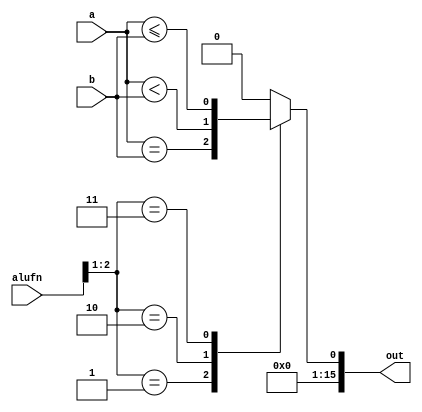
/*
   This file was generated automatically by Alchitry Labs version 1.2.1.
   Do not edit this file directly. Instead edit the original Lucid source.
   This is a temporary file and any changes made to it will be destroyed.
*/

module compare_7 (
    input [5:0] alufn,
    input [15:0] a,
    input [15:0] b,
    output reg [15:0] out
  );
  
  
  
  always @* begin
    out = 1'h0;
    
    case (alufn[1+1-:2])
      1'h1: begin
        out = {15'h0000, (a == b)};
      end
      2'h2: begin
        out = {15'h0000, (a < b)};
      end
      2'h3: begin
        out = {15'h0000, (a <= b)};
      end
      default: begin
        out = 1'h0;
      end
    endcase
  end
endmodule